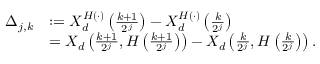
\begin{array} { r l } { \Delta _ { j , k } } & { : = X _ { d } ^ { H ( \cdot ) } \left( \frac { k + 1 } { 2 ^ { j } } \right) - X _ { d } ^ { H ( \cdot ) } \left( \frac { k } { 2 ^ { j } } \right) } \\ & { = X _ { d } \left( \frac { k + 1 } { 2 ^ { j } } , H \left( \frac { k + 1 } { 2 ^ { j } } \right) \right) - X _ { d } \left( \frac { k } { 2 ^ { j } } , H \left( \frac { k } { 2 ^ { j } } \right) \right) . } \end{array}